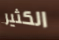
الكثير